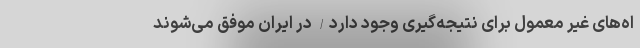
اه‌های غیر معمول برای نتیجه‌گیری وجود دارد/ در ایران موفق می‌شوند